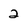
Character: 2